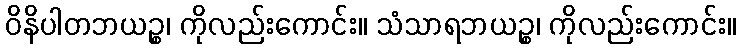
ဝိနိပါတဘယဉ္စ၊ ကိုလည်းကောင်း။ သံသာရဘယဉ္စ၊ ကိုလည်းကောင်း။